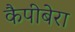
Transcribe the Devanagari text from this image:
कैपीबेरा